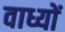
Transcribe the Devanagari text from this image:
वाध्यों